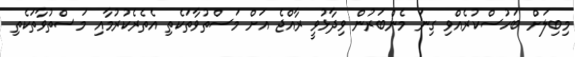
މިބިލަށް ބަހުސްކުރެއްވި ގިނަ މެންބަރުން ވިދާޅުވީ ރާއްޖެ އަށް މަސްތުވާތަކެތި އެތެރެކުރުމާއި މަސްތުވާތަކެތި